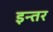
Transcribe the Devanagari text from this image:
इन्तर